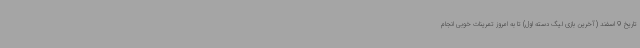
تاریخ 9 اسفند (آخرین بازی لیگ دسته اول) تا به امروز تمرینات خوبی انجام